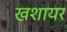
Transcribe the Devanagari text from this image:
खशायर